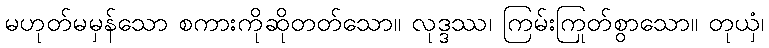
မဟုတ်မမှန်သော စကားကိုဆိုတတ်သော။ လုဒ္ဒဿ၊ ကြမ်းကြုတ်စွာသော။ တုယှံ၊